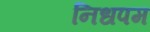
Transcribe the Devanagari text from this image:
निधपम